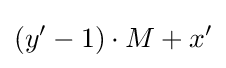
(y'-1)\cdot M+x'